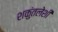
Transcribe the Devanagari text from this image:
शकुंतलेशी